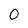
Character: 0